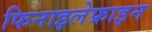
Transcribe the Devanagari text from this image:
फिनाइलेफ्राइन